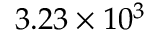
3 . 2 3 \times 1 0 ^ { 3 }